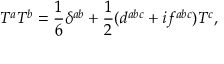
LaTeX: T ^ { a } T ^ { b } = { \frac { 1 } { 6 } } \delta ^ { a b } + { \frac { 1 } { 2 } } ( d ^ { a b c } + i f ^ { a b c } ) T ^ { c } ,